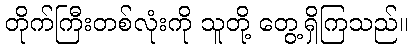
တိုက်ကြီးတစ်လုံးကို သူတို့ တွေ့ရှိကြသည်။